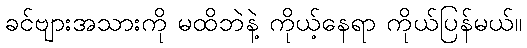
ခင်ဗျားအသားကို မထိဘဲနဲ့ ကိုယ့်နေရာ ကိုယ်ပြန်မယ်။